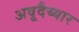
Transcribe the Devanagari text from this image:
अवूदैय्यार